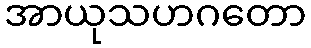
အာယုသဟဂတော